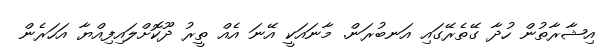
އިޝާރާތުން ހުދާ ގޭތެރޭގައި އަނބުރަން. މާނައަކީ އޭނަ އެއް ތީރު ދޫކޮށްލައިފިއްޔާ އަހަރެން